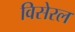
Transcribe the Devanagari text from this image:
विसेरल